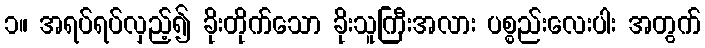
၁။ အရပ်ရပ်လှည့်၍ ခိုးတိုက်သော ခိုးသူကြီးအလား ပစ္စည်းလေးပါး အတွက်